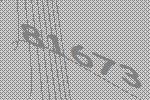
81673